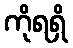
ကိုရရှိ